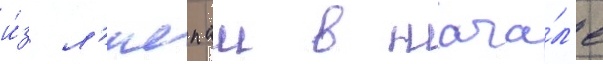
и́з л'иепаи в нача́л'е